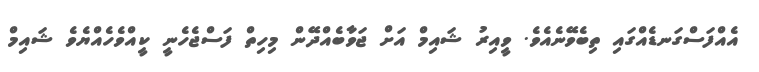
އެއްފަސްގަނޑެއްގައި ތިބެވޭނެއެވެ. ވީއިރު ޝައިމް އަށް ޖަވާބެއްދޭން މިހިތް ފަސްޖެހެނީ ކީއްވެހެއްޔެވެ ޝައިމް